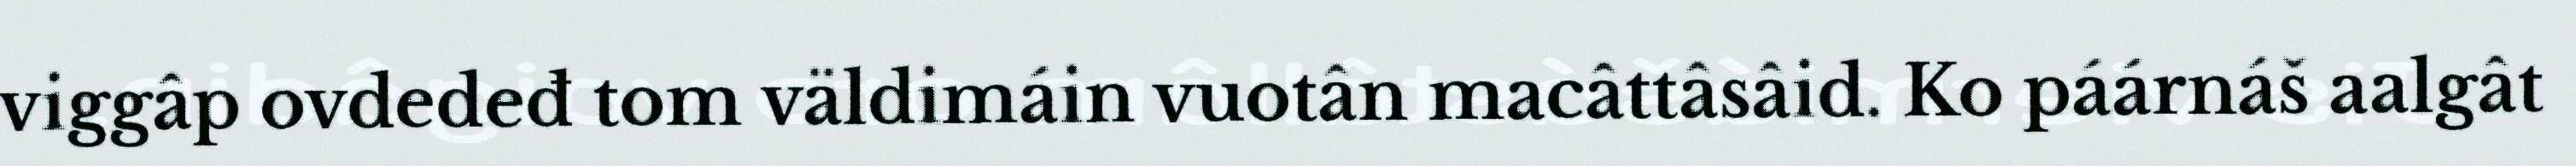
viggâp ovdedeđ tom väldimáin vuotân macâttâsâid. Ko páárnáš aalgât